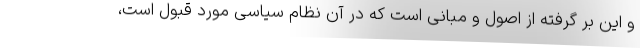
و این بر گرفته از اصول و مبانی است که در آن نظام سیاسی مورد قبول است،